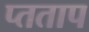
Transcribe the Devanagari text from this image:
प्तताप